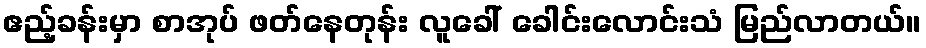
ဧည့်ခန်းမှာ စာအုပ် ဖတ်နေတုန်း လူခေါ် ခေါင်းလောင်းသံ မြည်လာတယ်။